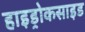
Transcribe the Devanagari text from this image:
हाइड्रोकसाइड